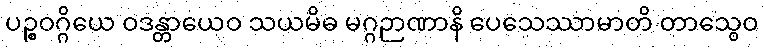
ပဉ္စဝဂ္ဂိယေ ဝဒန္တာယေဝ သယမိဓ မဂ္ဂဉာဏာနိ ပေသေဿာမာတိ တာသွေဝ